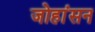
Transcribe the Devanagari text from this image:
जोहांसन